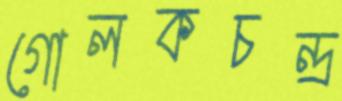
গোলকচন্দ্র